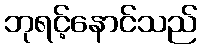
ဘုရင့်နောင်သည်